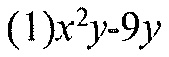
(1)\(x^{2}y - 9y\)